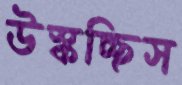
উস্‌কচ্ছিস